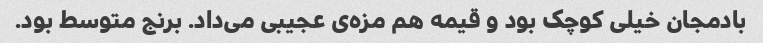
بادمجان خیلی کوچک بود و قیمه هم مزه‌ی عجیبی می‌داد. برنج متوسط بود.